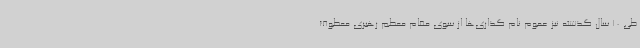
طی 10 سال گذشته نیز عموم نام گذاری‌ها از سوی مقام معظم رهبری معطوف